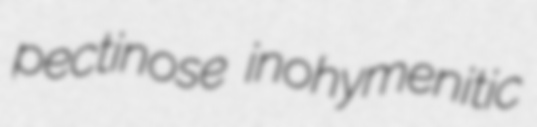
pectinose inohymenitic